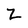
Character: z